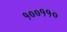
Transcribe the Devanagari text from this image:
१००११०